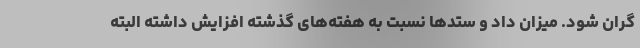
گران شود. میزان داد و ستدها نسبت به هفته‌های گذشته افزایش داشته البته